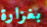
بغزارة